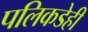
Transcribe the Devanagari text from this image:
पलिकडेही